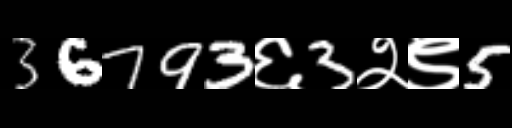
Text: 36793६3२९5